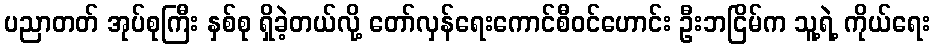
ပညာတတ် အုပ်စုကြီး နှစ်စု ရှိခဲ့တယ်လို့ တော်လှန်ရေးကောင်စီဝင်ဟောင်း ဦးဘငြိမ်က သူ့ရဲ့ ကိုယ်ရေး